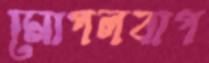
মোগলবাগ